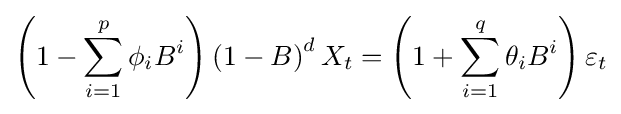
\left(1-\sum _{i=1}^{p}\phi _{i}B^{i}\right)\left(1-B\right)^{d}X_{t}=\left(1+\sum _{i=1}^{q}\theta _{i}B^{i}\right)\varepsilon _{t}